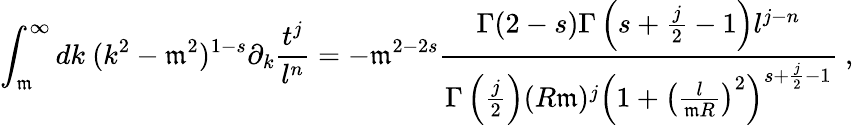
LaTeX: \int_{\mathfrak{m}}^{\infty}dk\ (k^{2}-\mathfrak{m}^{2})^{1-s}\partial_{k}\frac{{t^{j}}}{{l^{n}}}=-\mathfrak{m}^{2-2s}\frac{{\Gamma(2-s)\Gamma\left(s+\frac{j}{2}-1\right)l^{j-n}}}{{\Gamma\left(\frac{j}{2}\right)(R\mathfrak{m})^{j}\left(1+\left(\frac{{l}}{{\mathfrak{m}R}}\right)^{2}\right)^{s+\frac{j}{2}-1}}}\ ,